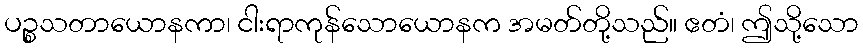
ပဉ္စသတာယောနကာ၊ ငါးရာကုန်သောယောနက အမတ်တို့သည်။ ဧတံ၊ ဤသို့သော